Report on vaccination North-West Frontier Province 1904-1922 - 1904-1922
Year: 1904
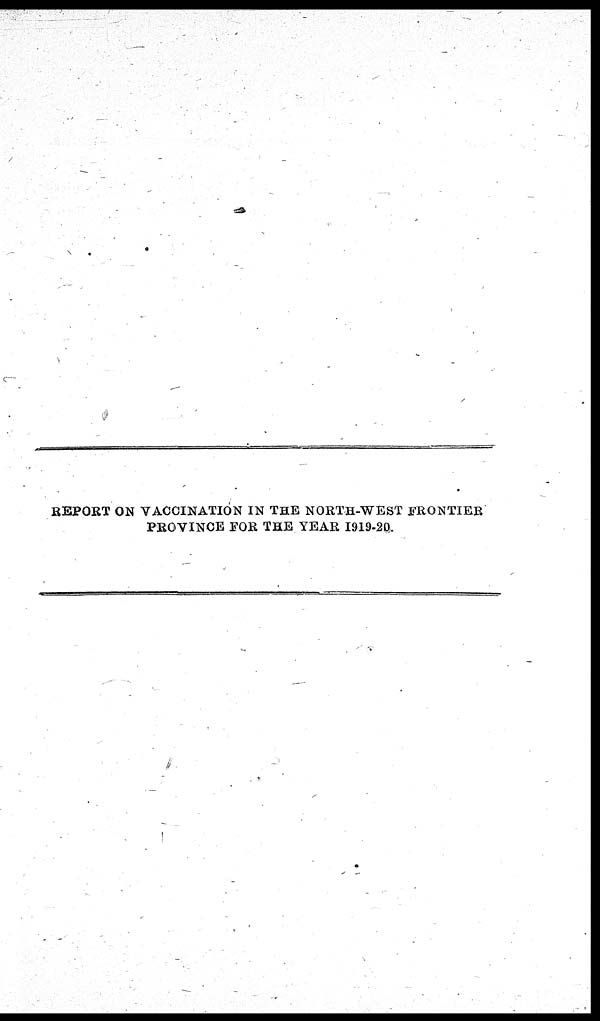
REPORT ON VACCINATION IN THE NORTH-WEST FRONTIER
PROVINCE FOR THE YEAR 1919-20.